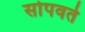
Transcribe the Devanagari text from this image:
सोपवते